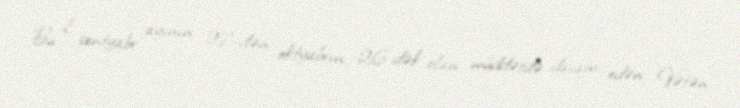
Bu il sentyabr ayının 27-dən oktyabrın 26-dək olan müddətdə davam edən Vətən